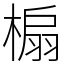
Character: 㮼